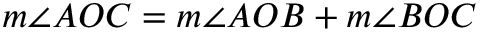
m \angle A O C = m \angle A O B + m \angle B O C